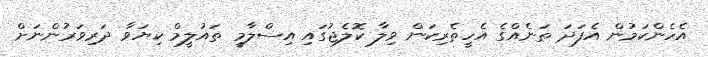
އެހެންކަމުން އެފަދަ ތަނެއްގެ އެހީތެރިކަން ވިލާ ކޮލެޖުގައި އިސްލާމީ ތައުލީމް ކިޔަވާ ދަރިވަރުންނަށް